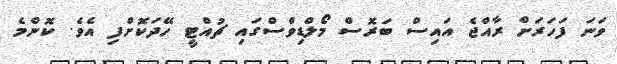
ވަނަ ފަހަރަށް ރާއްޖެ އައިސް ބަރޮސް މޯލްޑިވްސްގައި ޗުއްޓީ ހޭދަކޮށްފި އެވެ. ކޮންމެ